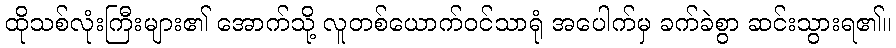
ထိုသစ်လုံးကြီးများ၏ အောက်သို့ လူတစ်ယောက်ဝင်သာရုံ အပေါက်မှ ခက်ခဲစွာ ဆင်းသွားရ၏။